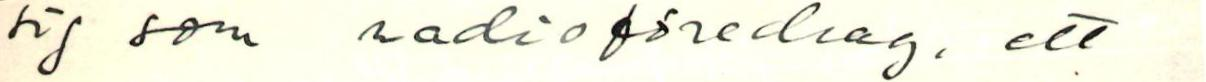
sig som radioföredrag, ett